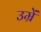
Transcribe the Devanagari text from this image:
उम्रें